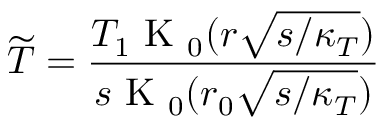
\widetilde { T } = \frac { T _ { 1 } \mathrm { ~ K ~ } _ { 0 } ( r \sqrt { s / \kappa _ { T } } ) } { s \mathrm { ~ K ~ } _ { 0 } ( r _ { 0 } \sqrt { s / \kappa _ { T } } ) }